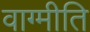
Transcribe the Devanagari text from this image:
वाग्मीति